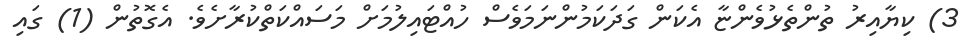
3) ކިޔާއިރު ތުންތެޅުވެންޏާ އެކަން ގަދަކަމުންނަމަވެސް ހުއްޓައިލުމަށް މަސައްކަތްކުރާށެވެ. އެގޮތުން (1) ގައި